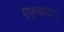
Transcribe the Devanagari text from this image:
एफ्‌वाय९